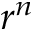
r ^ { n }